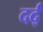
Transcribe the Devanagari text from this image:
दर्द्